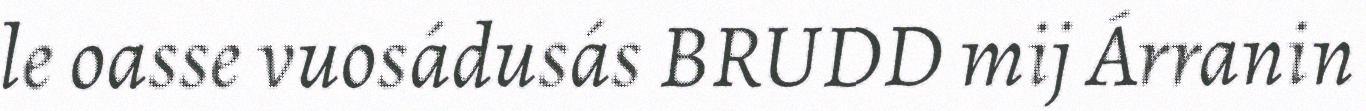
le oasse vuosádusás BRUDD mij Árranin